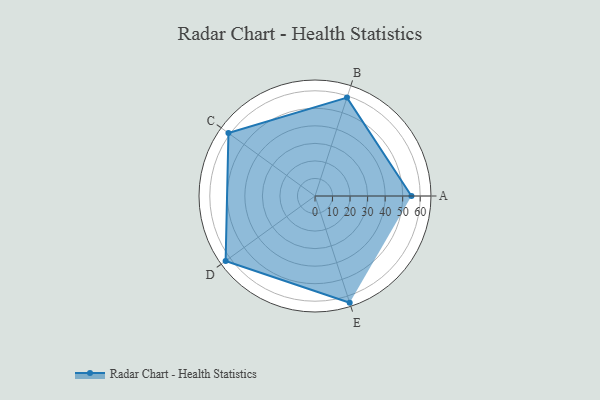
{"axis": {"x": "Skill", "y": "Score"}, "legend": ["Profile"], "data": [{"x": "A", "y": 55.0, "type": "Profile"}, {"x": "B", "y": 59.0, "type": "Profile"}, {"x": "C", "y": 61.0, "type": "Profile"}, {"x": "D", "y": 63.0, "type": "Profile"}, {"x": "E", "y": 64.0, "type": "Profile"}]}